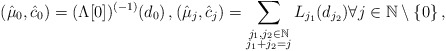
\begin{align*}(\hat{\mu}_0,\hat{c}_0)=(\Lambda[0])^{(-1)} ({d_0})\, ,{(\hat{\mu}_j,\hat{c}_j)=\sum_{\substack{j_1,j_2 \in \mathbb{N} \\j_1+j_2=j}}L_{j_1} (d_{j_2})} \forall j \in \mathbb{N}\setminus \{0\}\, ,\end{align*}